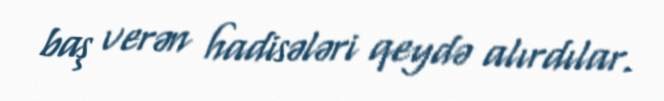
baş verən hadisələri qeydə alırdılar.